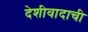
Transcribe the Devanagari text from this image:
देशीवादाची